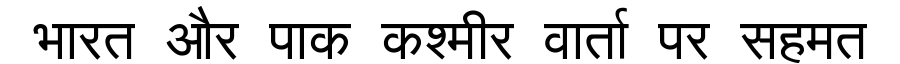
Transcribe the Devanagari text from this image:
भारत और पाक कश्मीर वार्ता पर सहमत